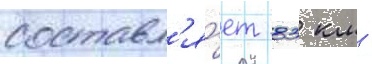
составл'я́ет 83 км -